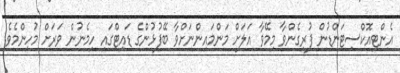
އެންޓިއޮކްސިޓަންޑުން ފުރިގެންވާ މިމޭވާ އަލަށް މަންމައިންނަށްވާ ބޭފުޅުންގެ ޑައިޓްގައި ހިމެނުން ވަރަށް މުހިންމެވެ.